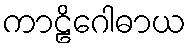
ကာဠိဂေါဓာယ